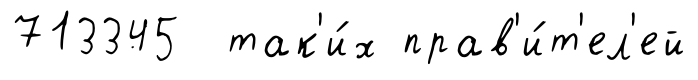
713345 так'и́х прав'и́т'ел'ей